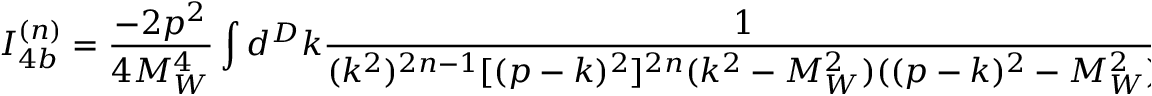
I _ { 4 b } ^ { ( n ) } = \frac { - 2 p ^ { 2 } } { 4 M _ { W } ^ { 4 } } \int d ^ { D } k \frac { 1 } { ( k ^ { 2 } ) ^ { 2 n - 1 } [ ( p - k ) ^ { 2 } ] ^ { 2 n } ( k ^ { 2 } - M _ { W } ^ { 2 } ) ( ( p - k ) ^ { 2 } - M _ { W } ^ { 2 } ) } \, ,